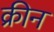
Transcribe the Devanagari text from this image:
क्रीन